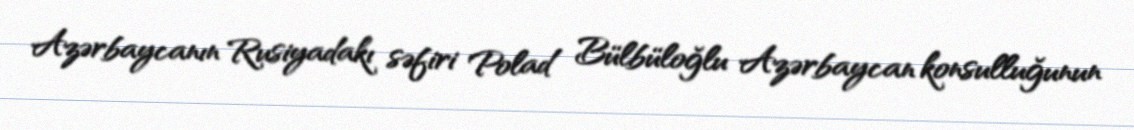
Azərbaycanın Rusiyadakı səfiri Polad Bülbüloğlu Azərbaycan konsulluğunun